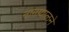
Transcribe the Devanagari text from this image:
नामग्यालने